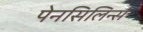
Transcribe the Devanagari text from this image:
पेनसिलिन्स